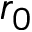
r _ { 0 }